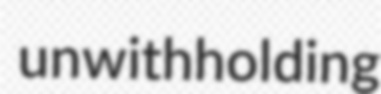
unwithholding